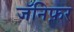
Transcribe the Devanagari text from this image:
जॅनिफ़र